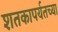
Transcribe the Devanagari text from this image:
शतकापर्यतच्या